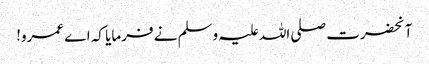
آنحضرت صلی اللہ علیہ وسلم نے فرمایا کہ اے عمرو!